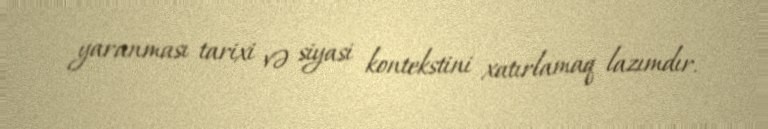
yaranması tarixi və siyasi kontekstini xatırlamaq lazımdır.